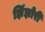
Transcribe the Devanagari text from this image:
झिंझोरी